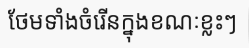
ថែមទាំងចំរើនក្នុងខណៈខ្លះៗ